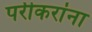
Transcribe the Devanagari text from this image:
पर्रीकरांना